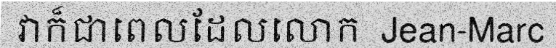
វាក៏ជាពេលដែលលោក  Jean-Marc